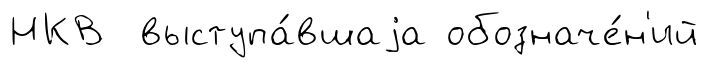
НКВ выступа́вшаjа обозначе́н'ий